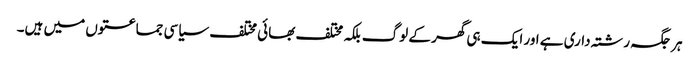
ہر جگہ رشتہ داری ہے اور ایک ہی گھر کے لوگ بلکہ مختلف بھائی مختلف سیاسی جماعتوں میں ہیں۔